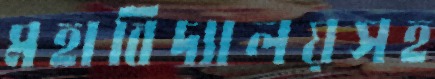
মহাবিদ্যালয়সহ